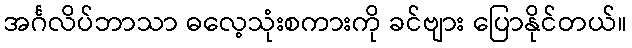
အင်္ဂလိပ်ဘာသာ ဓလေ့သုံးစကားကို ခင်ဗျား ပြောနိုင်တယ်။